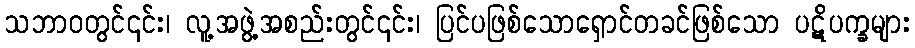
သဘာဝတွင်၎င်း၊ လူ့အဖွဲ့အစည်းတွင်၎င်း၊ ပြင်ပဖြစ်သောရှောင်တခင်ဖြစ်သော ပဋိပက္ခများ